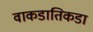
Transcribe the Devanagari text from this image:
वाकडातिकडा